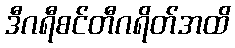
ဒီဂရီစင်တီဂရိတ်အထိ